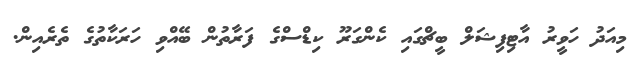
މިއަދު ހަވީރު އާޓިފިޝަލް ބީޗްގައި ކެންގަރޫ ކިޑްސްގެ ފަރާތުން ބޭއްވި ހަރަކާތުގެ ތެރެއިން.